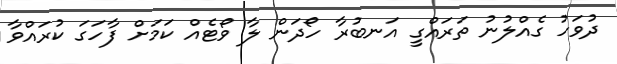
ދުވަހު ގެއްލުނު ތަރައްގީ އަނބުރާ ހޯދަން ލާ ވޯޓެއް ކަމަށް ފާހަގަ ކުރައްވާ